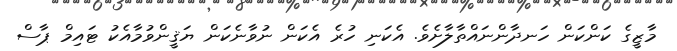
މާޒީގެ ކަންކަން ހަނދާންނައްތާލާށެވެ. އެކަނި ހުރެ އެކަން ނުވާނެކަން ޔަޤީންވުމާއެކު ޓައިމް ޕާސް